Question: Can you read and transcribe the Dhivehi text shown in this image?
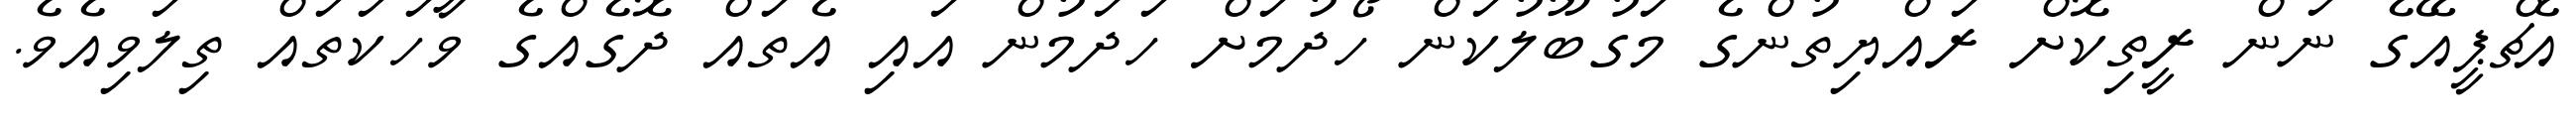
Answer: އެޗްޕީއޭގެ ނަން ރީތިކޮށް ރައްޔިތުންގެ މަގުބޫލުކަން ހޯދުމަށް ހަދަމުން އައި އެތައް ދޮގެއްގެ ވާހަކަތައް ތިލަވިއެވެ.